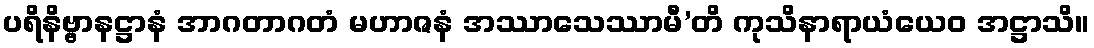
ပရိနိဗ္ဗာနဋ္ဌာနံ အာဂတာဂတံ မဟာဇနံ အဿာသေဿာမီ’တိ ကုသိနာရာယံယေဝ အဋ္ဌာသိ။